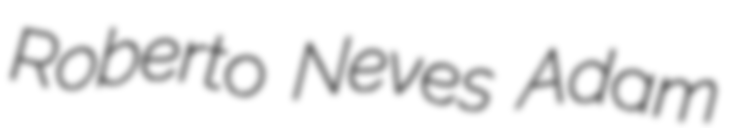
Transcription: Roberto Neves Adam